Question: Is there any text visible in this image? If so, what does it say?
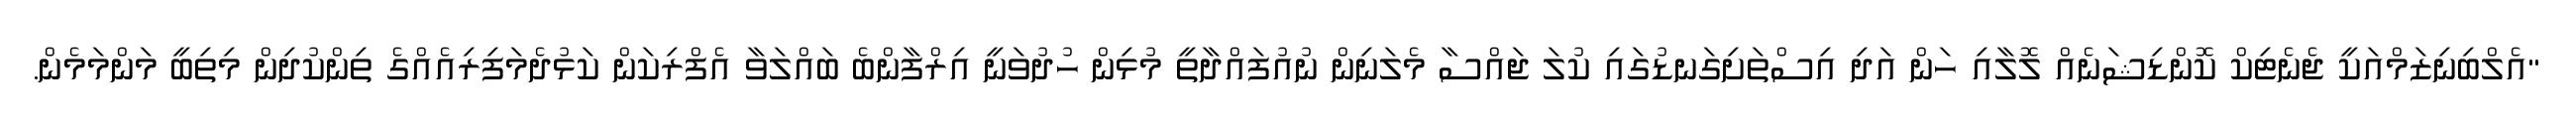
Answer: "އެލްބިނިޒަމްއަކީ ޖެނެޓިކް ކޮންޑިޝަނެއް ލޮލާއި ހަން އަދި އިސްތަށިގަނޑުގައި ކުލަ ޖައްސާ މެލަނިން ނުއުފައްދާތީ މުޅިން ހުދުވަނީ އިރްފާންބެ ބައްލަވާ އެފްރިކަން ކަޅުދެމަފިރިއެއްގެ ތިންކުދިން މިތިބީ މަންމަމެން.